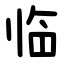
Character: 临